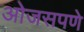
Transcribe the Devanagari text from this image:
ओजसपणे